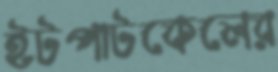
ইটপাটকেলের